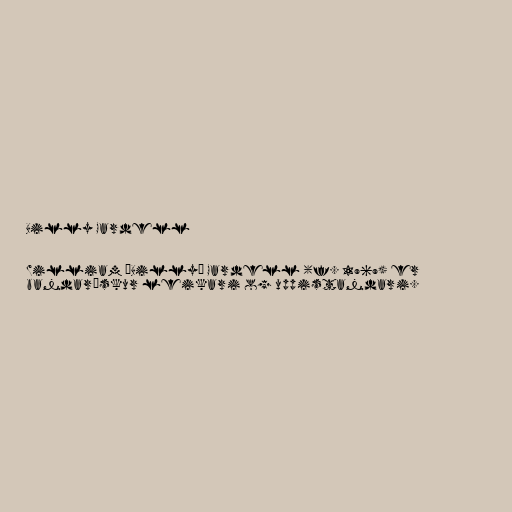
Billy Gardell

William „Billy“ Gardell (f. 1969) er
bandarískur leikari og uppistandari.